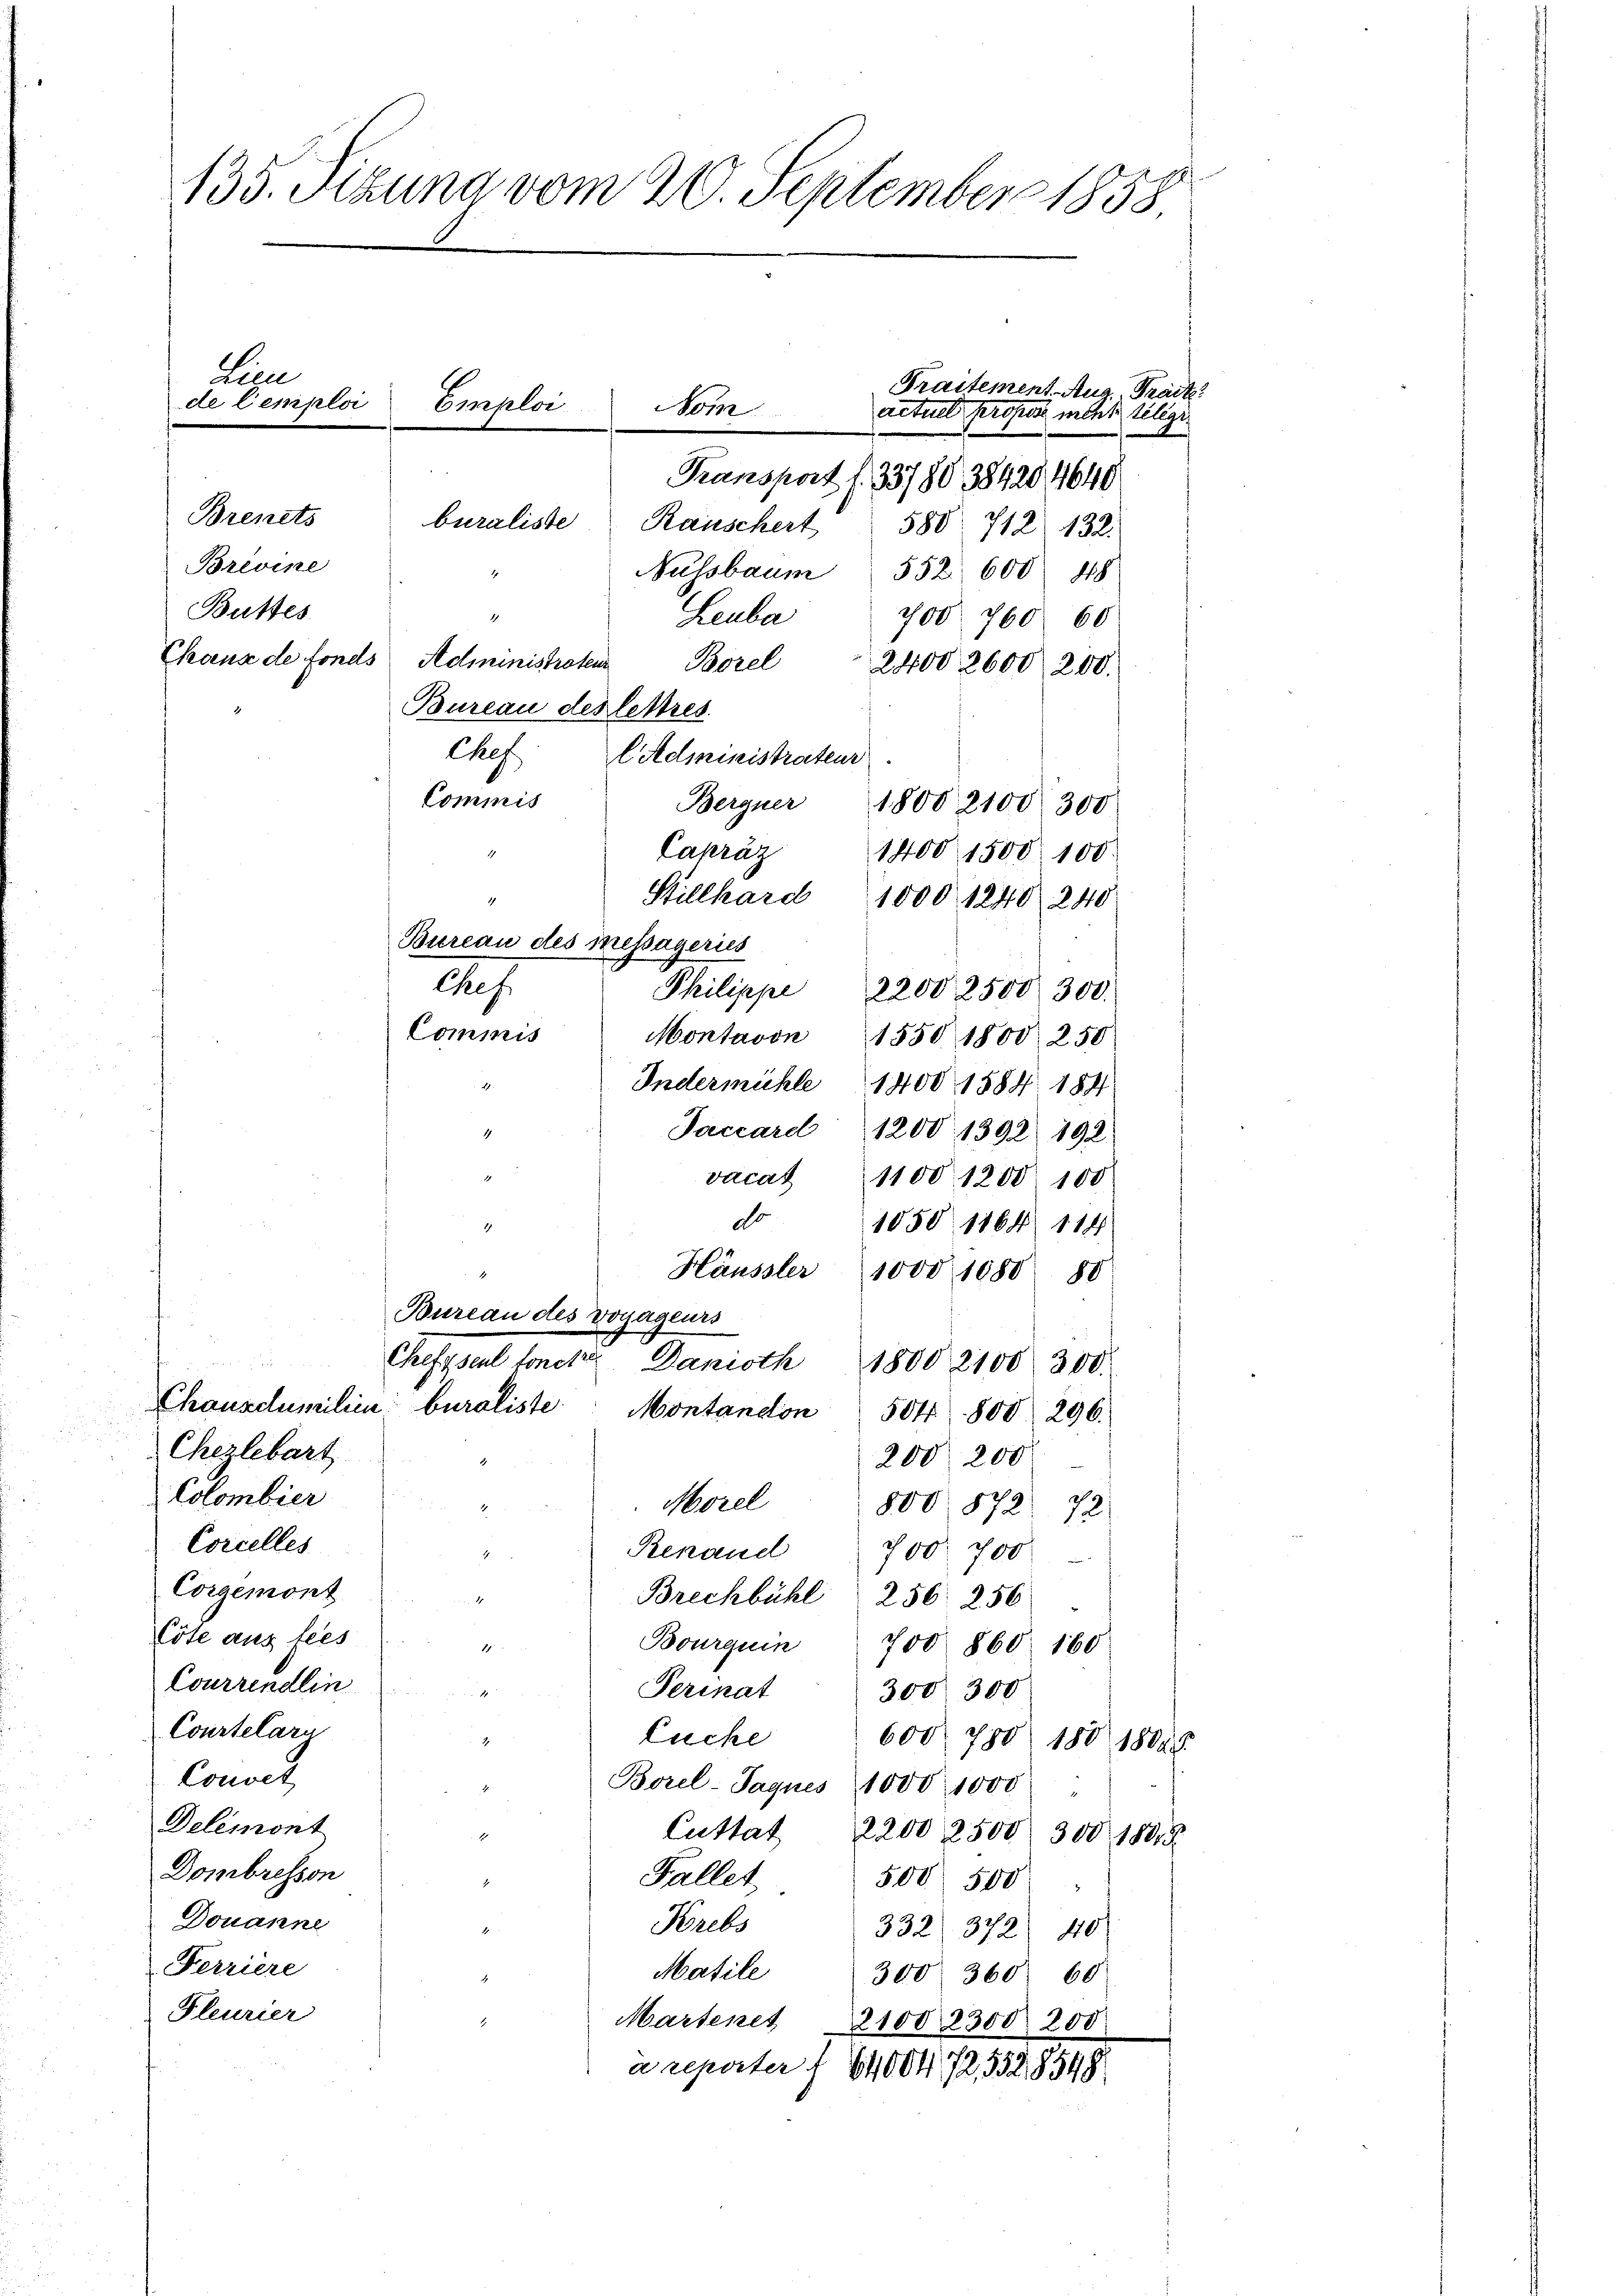
135. Sizung vom 20. September 1858
zun
Traitement. Aug. Trait
de Lemploi
Emploi
Nom
actuel profes mehr telege
Transport f. 3378038420, 4640
Brents
buraliste Rauschert 580. 712. 132.

Brevine
ussbaum 552. 600 48
Buttes
.
Leuba
700. 760 60
Chaus de fonds Administrater Borel " 2400 2600 200.
Bureau des lettres
Chef EAdministrateur
Commis
Bergner 1800 2100. 300
Capräz
1
1400 1500. 100
Stillhard 1000. 1240. 240
2
Bureau des Messageries
2.
Philippe 2200 2500 300.
Commis
Montavon 1550 1800 250
Indermühle 1400 1884 189
Jaccard 1200. 1392 192
vacat 1100. 1280. 100
do.
1050 1164 114
Hänssler 1000 1080 80
Bureau des Voyageurs
Aestheilt werde
Danioth 1800 2100. 300.
Chausdumilien buraliste Montandon 504 800 296.
Chezlebart
200, 200
Colombier
Morel " 800 878 u
122
Corcelles
Renaud 700. 700
d
Corgemont
1
Brechbühl 256. 256
Cote aus tees
Bourquin 700 860. 160
1
Courrendlin
Perinat
300. 300
14
Courtelarn
Euche
600, 780 180 18045
Concet,
Borel-Jaques 1000, 1000
Delémont
.
Cuttat 2200 2500. 300 1801
Dombresson
Fallet
500 500
Douanne
Krebs
4
332 372) 40
Ferriere
Matile 300. 360. 60
Fleurier
Marsenit
21002300 200
à rpater f 64004 72, 552,8548